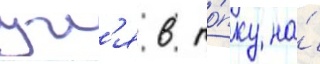
угл'я в то́пку на́